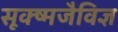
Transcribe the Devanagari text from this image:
सूक्ष्मजैविज्ञ